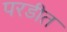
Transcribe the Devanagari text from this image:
परडीत